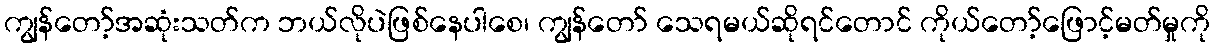
ကျွန်တော့်အဆုံးသတ်က ဘယ်လိုပဲဖြစ်နေပါစေ၊ ကျွန်တော် သေရမယ်ဆိုရင်တောင် ကိုယ်တော့်ဖြောင့်မတ်မှုကို